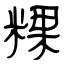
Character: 粿